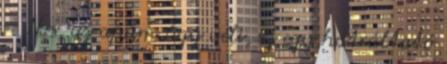
– Nos, az apám úgy véli, ez egy hátráltató